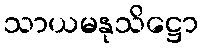
သာယမနုသိဋ္ဌော